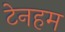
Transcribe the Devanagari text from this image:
टेनहम